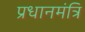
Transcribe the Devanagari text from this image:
प्रधानमंत्रि